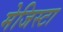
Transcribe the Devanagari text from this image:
मेजिस्टा